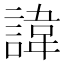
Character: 諱